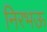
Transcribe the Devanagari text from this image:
निरभऊ